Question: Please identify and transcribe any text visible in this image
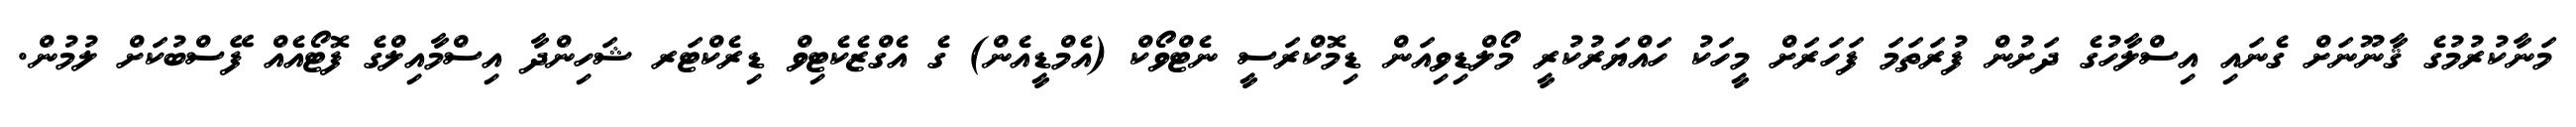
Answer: މަނާކުރުމުގެ ޤާނޫނަށް ގެނައި އިސްލާހުގެ ދަށުން ފުރަތަމަ ފަހަރަށް މީހަކު ހައްޔަރުކުރީ މޯލްޑިވިއަން ޑިމޮކްރަސީ ނެޓްވޯކް (އެމްޑީއެން) ގެ އެގްޒެކެޓިވް ޑިރެކްޓަރ ޝަހިންދާ އިސްމާއިލްގެ ފޮޓޯއެއް ފޭސްބުކަށް ލުމުން.